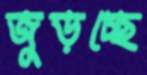
জুড়চ্ছে